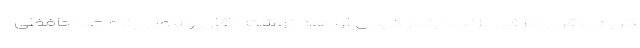
کریم باقری حرفی بزند. اینبار دیدی او هم نوشته آقای رسول پناه خداحافظی